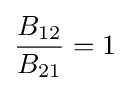
{\frac {B_{12}}{B_{21}}}=1